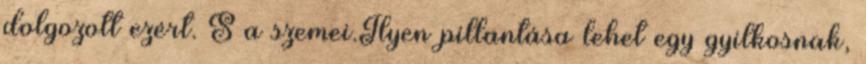
dolgozott ezért. S a szemei.Ilyen pillantása lehet egy gyilkosnak,